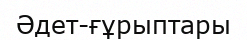
Әдет-ғұрыптары